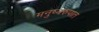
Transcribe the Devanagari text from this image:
मनुष्यरुपात